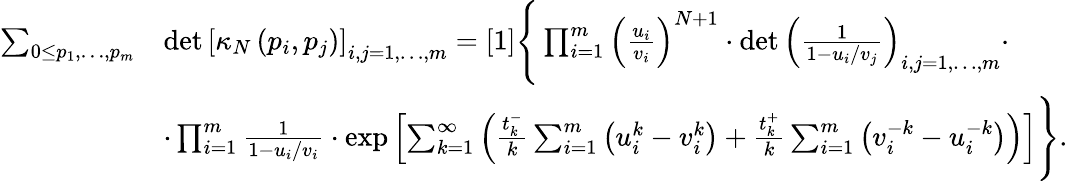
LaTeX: \begin{array}{rl}{\sum_{0\leq p_{1},\dots,p_{m}}}&{\operatorname*{det}\left[\kappa_{N}\left(p_{i},p_{j}\right)\right]_{i,j=1,\dots,m}=[1]\Bigg\{ \prod_{i=1}^{m}\left(\frac{u_{i}}{v_{i}}\right)^{N+1}\cdot\operatorname*{det}\left(\frac{1}{1-u_{i}/v_{j}}\right)_{i,j=1,\dots,m}\cdot}\\ &{\cdot\prod_{i=1}^{m}\frac{1}{1-u_{i}/v_{i}}\cdot\exp\left[\sum_{k=1}^{\infty}\left(\frac{t_{k}^{-}}{k}\sum_{i=1}^{m}\left(u_{i}^{k}-v_{i}^{k}\right)+\frac{t_{k}^{+}}{k}\sum_{i=1}^{m}\left(v_{i}^{-k}-u_{i}^{-k}\right)\right)\right]\Bigg\} .}\end{array}